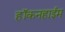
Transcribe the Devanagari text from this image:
हॉकनहाईम